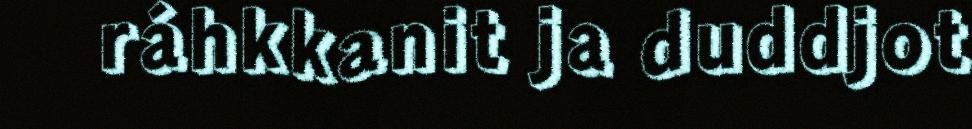
ráhkkanit ja duddjot